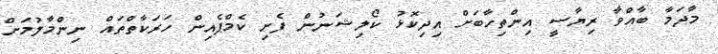
މާދަމާ ބާއްވާ ރިޔާސީ އިންތިހާބަށް އިދިކޮޅު ކޯލިޝަނުން ފެށި ކެމްޕެއިން ހަރަކާތްތައް ނިންމާލުމަށް